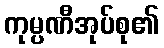
ကုမ္ပဏီအုပ်စု၏